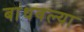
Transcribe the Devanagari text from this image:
बांधवल्या